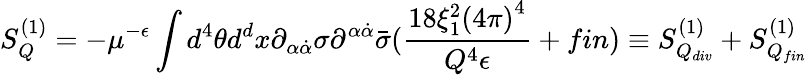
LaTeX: S_{Q}^{(1)}=-\mu^{-\epsilon}\int d^{4}\theta d^{d}x\partial_{\alpha\dot{\alpha}}\sigma\partial^{\alpha\dot{\alpha}}\bar{\sigma}(\frac{18\xi_{1}^{2}{(4\pi)}^{4}}{Q^{4}\epsilon}+fin)\equiv S_{Q_{div}}^{(1)}+S_{Q_{fin}}^{(1)}